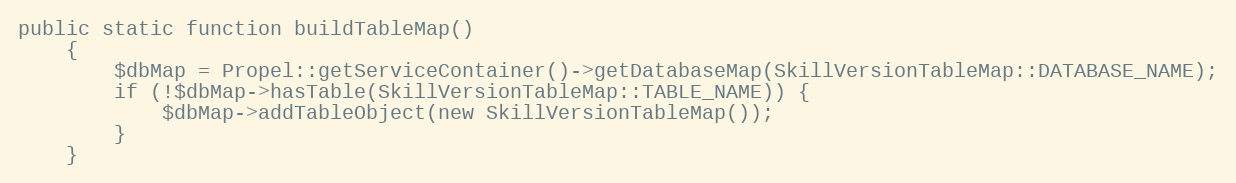
Language: PHP
public static function buildTableMap()
    {
        $dbMap = Propel::getServiceContainer()->getDatabaseMap(SkillVersionTableMap::DATABASE_NAME);
        if (!$dbMap->hasTable(SkillVersionTableMap::TABLE_NAME)) {
            $dbMap->addTableObject(new SkillVersionTableMap());
        }
    }